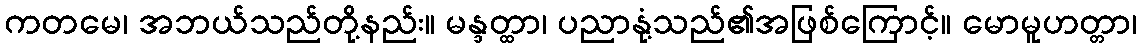
ကတမေ၊ အဘယ်သည်တို့နည်း။ မန္ဒတ္ထာ၊ ပညာနုံ့သည်၏အဖြစ်ကြောင့်။ မောမူဟတ္တာ၊